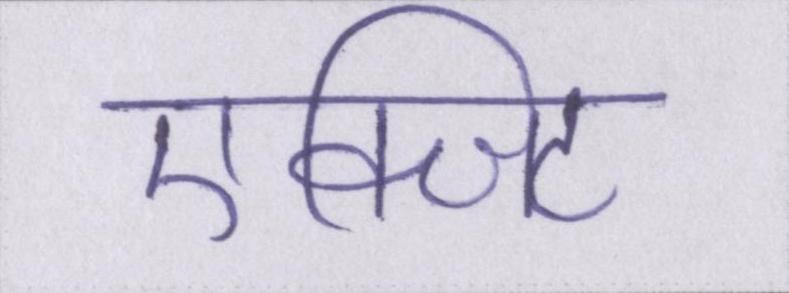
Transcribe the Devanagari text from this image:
एक्जिट